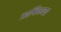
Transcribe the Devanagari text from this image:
आश्विनच्या